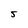
Character: 5